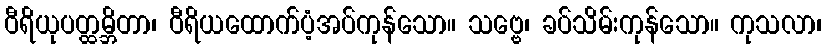
ဝီရိယုပတ္ထမ္ဘိတာ၊ ဝီရိယထောက်ပံ့အပ်ကုန်သော။ သဗ္ဗေ၊ ခပ်သိမ်းကုန်သော။ ကုသလာ၊